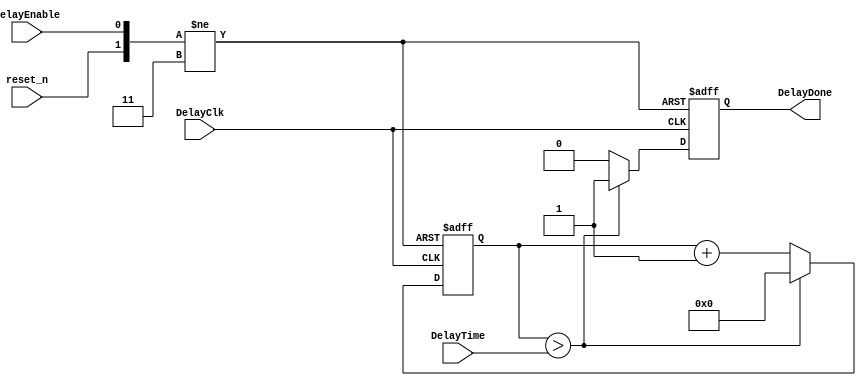
//-----------------------------------------------------------------------------
//Copyright(c) 2015, SVision Research Inc
//SVR Confidential Proprietary
//All rights reserved.
//-----------------------------------------------------------------------------
//
//IP LIB INDEX      :    
//IP Name           :                                                                                
//File Name         :                                                                                
//Module name       :  Time delay                                                                              
//Full name         :  Only For Interface Test                                                                              
//                                                                                                   
//Email             :                                                                                
//Data              :  2017.10.08                                                                              
//Version           :  V1.0                                                                              
//                                                                                                   
//Abstract          :                                                                                
//                                                                                                   
//Called  by        :
//
//Modification history
//------------------------------------------------------------------------------
//
//$Log$
//
//-----------------------------------------------------------------------------
//-----------------------------
//DEFINE MACRO
//-----------------------------

//synopsys translate_off
`timescale 1 ns / 100 ps
//synopsys translate_on

module DelayCount(
	input reset_n,
	input DelayClk,				//input clock 10KHz
	input DelayEnable,
	input [15:0] DelayTime,
	output reg DelayDone
);


reg [16:0] CountReg;

always @(negedge reset_n or posedge DelayClk or negedge DelayEnable)
begin
	if(!reset_n)
	begin
		CountReg <= 0;
		DelayDone <= 0;
	end
	else if(!DelayEnable)
	begin
		CountReg <= 0;
		DelayDone <= 0;
	end
	else 
	begin
		if(CountReg>DelayTime)
		begin
			CountReg <= 0;
			DelayDone <= 1;
		end
		else
		begin
			CountReg <= CountReg + 1'b1;
			DelayDone <= 0;
		end	
	end
end

endmodule